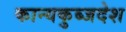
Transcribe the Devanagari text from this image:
कान्यकुब्जदेश